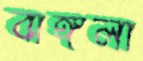
বাঙ্গলা